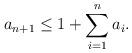
LaTeX: \begin{align*}a_{n + 1} \leq 1 + \sum_{i = 1}^{n} a_i.\end{align*}